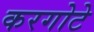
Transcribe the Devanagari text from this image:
करगोटे